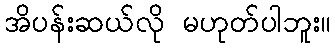
အိပန်းဆယ်လို မဟုတ်ပါဘူး။